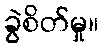
ခွဲစိတ်မှု။